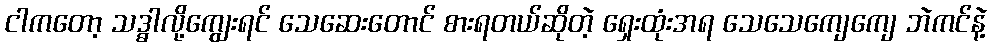
ငါကတော့ သဒ္ဓါလို့ကျွေးရင် သေဆေးတောင် စားရတယ်ဆိုတဲ့ ရှေးထုံးအရ သေသေကျေကျေ ဘဲကင်နဲ့